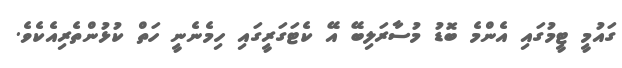
ގައުމީ ޓީމުގައި އެންމެ ބޮޑު މުސާރަލިބޭ އޭ ކެޓަގަރީގައި ހިމެނެނީ ހަތް ކުޅުންތެރިއެކެވެ.